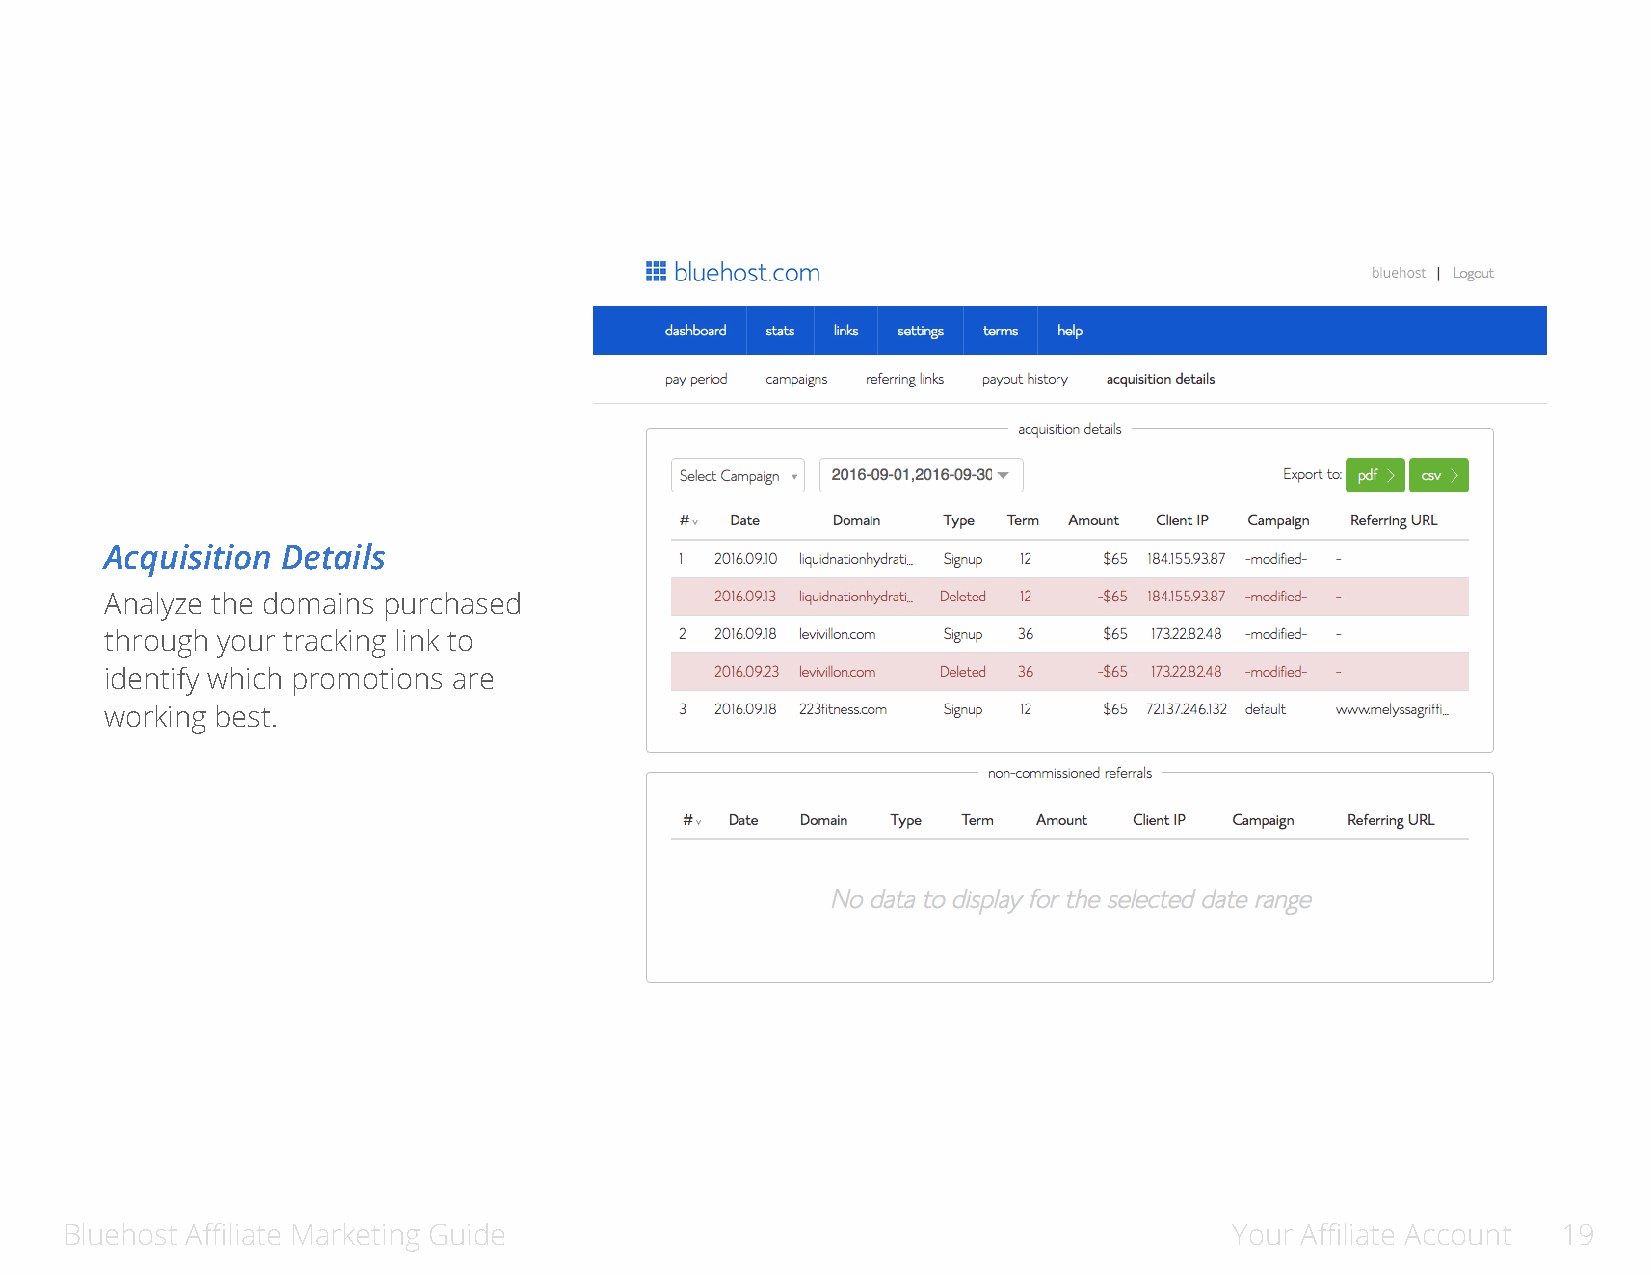
Acquisition Details
 Analyze the domains purchased
 through your tracking link to
 identify which promotions are
 working best.
 Bluehost Affiliate Marketing Guide                                            Your Affiliate Account 19